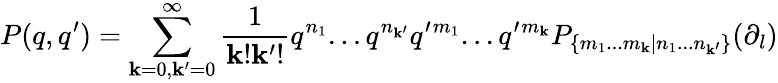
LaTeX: P(q,q^{\prime})=\sum_{\mathbf{k}=0,\mathbf{k}^{\prime}=0}^{\infty}\frac{{1}}{{\mathbf{k}!\mathbf{k}^{\prime}!}}q^{n_{1}}...q^{n_{\mathbf{k}^{\prime}}}q^{\prime}{}^{m_{1}}...q^{\prime}{}^{m_{\mathbf{k}}}P_{\{ m_{1}...m_{\mathbf{k}}|n_{1}...n_{\mathbf{k}^{\prime}}\} }(\partial_{l})